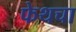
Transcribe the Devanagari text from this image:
फेथचा